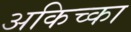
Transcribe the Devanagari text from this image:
अकिच्का